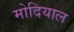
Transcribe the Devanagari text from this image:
मोदियाल